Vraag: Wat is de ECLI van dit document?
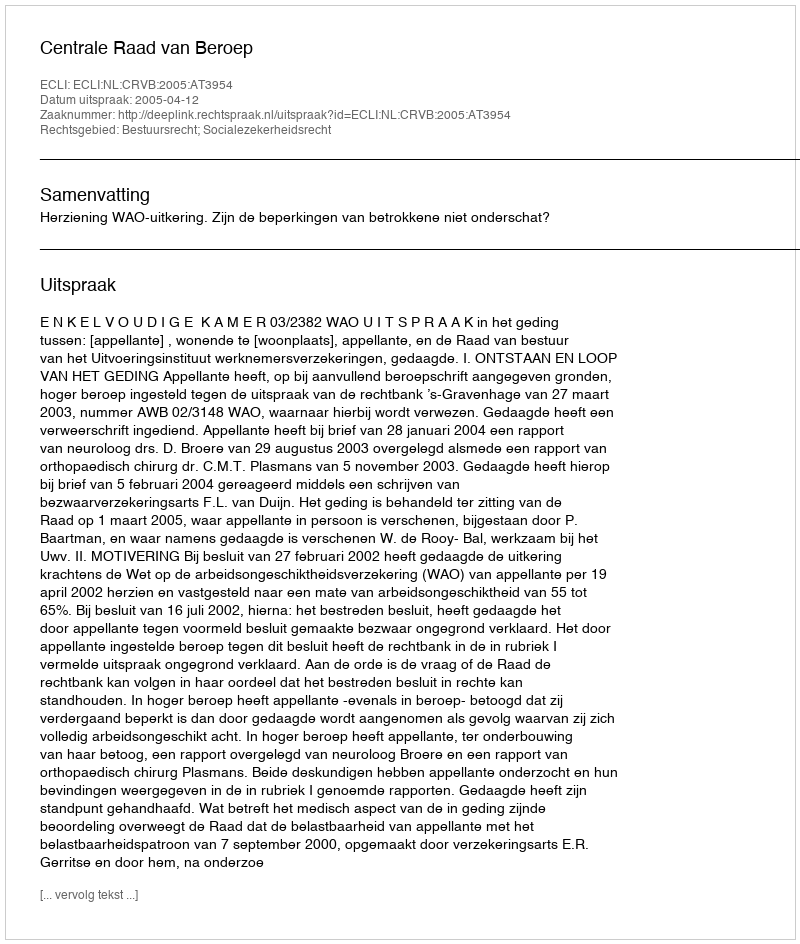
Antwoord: ECLI:NL:CRVB:2005:AT3954